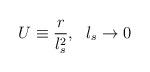
LaTeX: \begin{align*}U \equiv \frac{r}{l_s^2},\ \ l_s \rightarrow 0\end{align*}